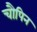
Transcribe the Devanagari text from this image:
चौपिन